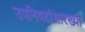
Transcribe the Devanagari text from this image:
उपनिषदांसारख्या